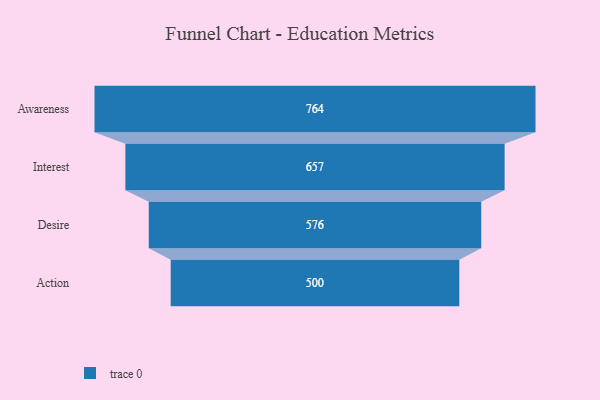
{"axis": {"x": "Stage", "y": "Value"}, "legend": [""], "data": [{"x": "Awareness", "y": 764.0, "type": ""}, {"x": "Interest", "y": 657.0, "type": ""}, {"x": "Desire", "y": 576.0, "type": ""}, {"x": "Action", "y": 500, "type": ""}]}